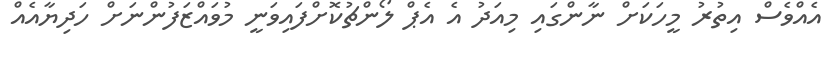
އެއްވެސް އިތުރު މީހަކަށް ނާންގައި މިއަދު އެ އެޕް ލޯންޗުކޮށްފައިވަނީ މުވައްޒަފުންނަށް ހަދިޔާއެއް